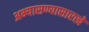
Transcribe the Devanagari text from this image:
अभ्यासण्यासारखे